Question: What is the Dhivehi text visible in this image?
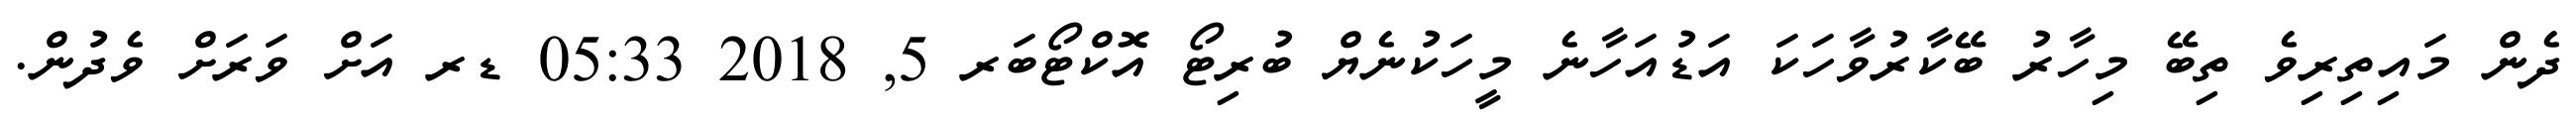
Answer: ދެން މައިތިރިވެ ތިބޭ މިހާރު ބޭކާރުވާހަކަ އަޑުއަހާނެ މީހަކުނެޔް ބުރިޓޯ އޮކްޓޯބަރ 5, 2018 05:33 ޑރ އަށް ވަރަށް ވެދުން.